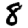
Digit: 8